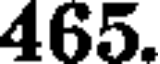
465.